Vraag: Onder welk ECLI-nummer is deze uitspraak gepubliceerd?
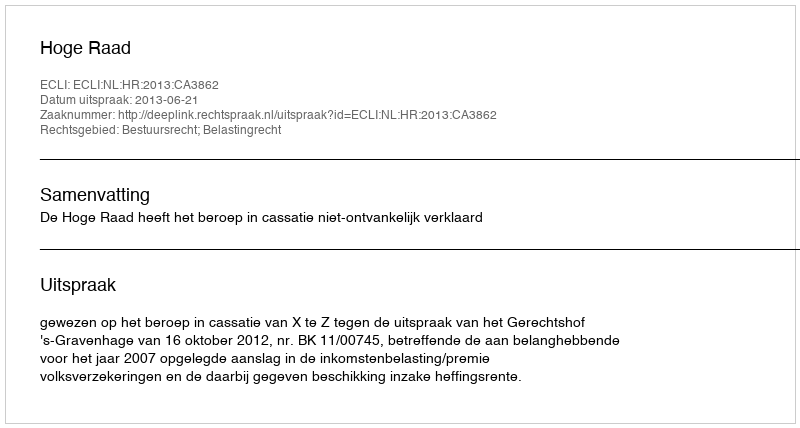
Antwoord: ECLI:NL:HR:2013:CA3862